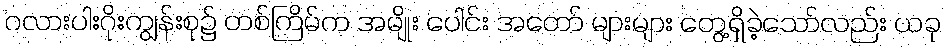
ဂလားပါးဂိုးကျွန်းစု၌ တစ်ကြိမ်က အမျိုး ပေါင်း အတော် များများ တွေ့ရှိခဲ့သော်လည်း ယခု